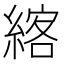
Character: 𦂦